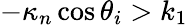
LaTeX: -\kappa_{n}\cos\theta_{i}>k_{1}